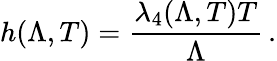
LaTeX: h(\Lambda,T)=\frac{\lambda_{4}(\Lambda,T)T}{\Lambda}\, .